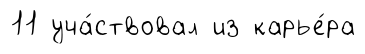
11 уча́ствовал из карье́ра